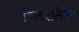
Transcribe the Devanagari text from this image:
दिलवालेला